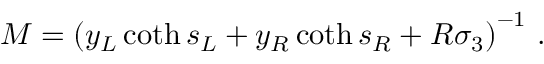
M = \left( y _ { L } \coth s _ { L } + y _ { R } \coth s _ { R } + R \sigma _ { 3 } \right) ^ { - 1 } \, .